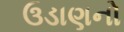
ઉડાણનો